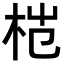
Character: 𬂦